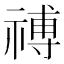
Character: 禣